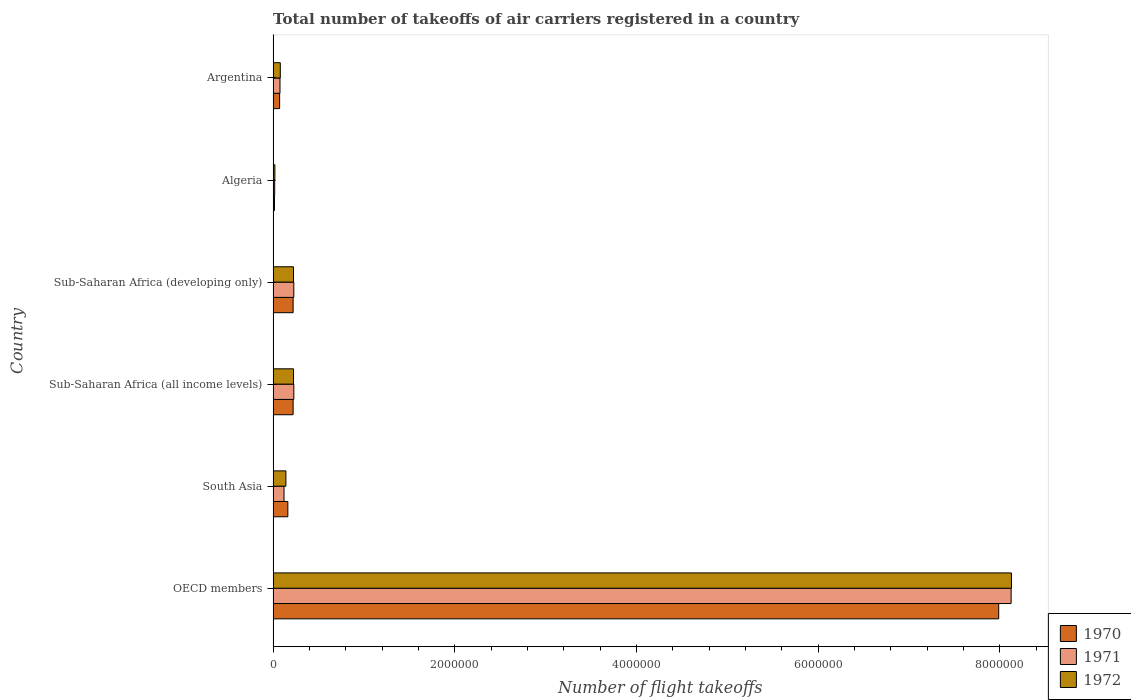
| Country | 1970 | 1971 | 1972 |
 | --- | --- | --- | --- |
 | OECD members | 7.99e+06 | 8.12e+06 | 8.13e+06 |
 | South Asia | 1.62e+05 | 1.2e+05 | 1.41e+05 |
 | Sub-Saharan Africa (all income levels) | 2.2e+05 | 2.28e+05 | 2.25e+05 |
 | Sub-Saharan Africa (developing only) | 2.2e+05 | 2.28e+05 | 2.24e+05 |
 | Algeria | 1.48e+04 | 1.74e+04 | 1.93e+04 |
 | Argentina | 7.17e+04 | 7.56e+04 | 7.9e+04 |